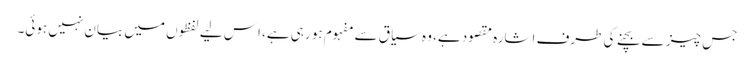
جس چیز سے بچنے کی طرف اشارہ مقصود ہے، وہ سیاق سے مفہوم ہو رہی ہے، اِس لیے لفظوں میں بیان نہیں ہوئی۔